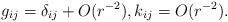
LaTeX: \begin{align*}g_{ij} =\delta_{ij} + O(r^{-2}), k_{ij} = O(r^{-2}).\end{align*}